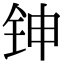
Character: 𬬹